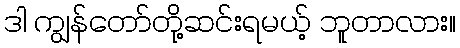
ဒါ ကျွန်တော်တို့ဆင်းရမယ့် ဘူတာလား။